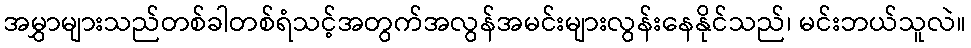
အမွှာများသည်တစ်ခါတစ်ရံသင့်အတွက်အလွန်အမင်းများလွန်းနေနိုင်သည်၊ မင်းဘယ်သူလဲ။